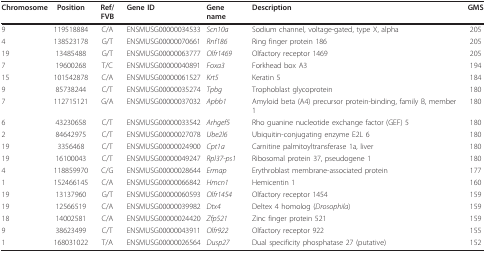
<table><thead><tr><td><b>Chromosome</b></td><td><b>Position</b></td><td><b>Ref/FVB</b></td><td><b>Gene ID</b></td><td><b>Gene name</b></td><td><b>Description</b></td><td><b>GMS</b></td></tr></thead><tbody><tr><td>9</td><td>119518884</td><td>C/A</td><td>ENSMUSG00000034533</td><td><i>Scn10a</i></td><td>Sodium channel, voltage-gated, type X, alpha</td><td>205</td></tr><tr><td>4</td><td>138523178</td><td>G/T</td><td>ENSMUSG00000070661</td><td><i>Rnf186</i></td><td>Ring finger protein 186</td><td>205</td></tr><tr><td>19</td><td>13485488</td><td>G/T</td><td>ENSMUSG00000063777</td><td><i>Olfr1469</i></td><td>Olfactory receptor 1469</td><td>205</td></tr><tr><td>7</td><td>19600268</td><td>T/C</td><td>ENSMUSG00000040891</td><td><i>Foxa3</i></td><td>Forkhead box A3</td><td>194</td></tr><tr><td>15</td><td>101542878</td><td>C/A</td><td>ENSMUSG00000061527</td><td><i>Krt5</i></td><td>Keratin 5</td><td>184</td></tr><tr><td>9</td><td>85738244</td><td>C/T</td><td>ENSMUSG00000035274</td><td><i>Tpbg</i></td><td>Trophoblast glycoprotein</td><td>180</td></tr><tr><td>7</td><td>112715121</td><td>G/A</td><td>ENSMUSG00000037032</td><td><i>Apbb1</i></td><td>Amyloid beta (A4) precursor protein-binding, family B, member 1</td><td>180</td></tr><tr><td>6</td><td>43230658</td><td>C/T</td><td>ENSMUSG00000033542</td><td><i>Arhgef5</i></td><td>Rho guanine nucleotide exchange factor (GEF) 5</td><td>180</td></tr><tr><td>2</td><td>84642975</td><td>C/T</td><td>ENSMUSG00000027078</td><td><i>Ube2l6</i></td><td>Ubiquitin-conjugating enzyme E2L 6</td><td>180</td></tr><tr><td>19</td><td>3356468</td><td>C/T</td><td>ENSMUSG00000024900</td><td><i>Cpt1a</i></td><td>Carnitine palmitoyltransferase 1a, liver</td><td>180</td></tr><tr><td>19</td><td>16100043</td><td>C/T</td><td>ENSMUSG00000049247</td><td><i>Rpl37-ps1</i></td><td>Ribosomal protein 37, pseudogene 1</td><td>180</td></tr><tr><td>4</td><td>118859970</td><td>C/G</td><td>ENSMUSG00000028644</td><td><i>Ermap</i></td><td>Erythroblast membrane-associated protein</td><td>177</td></tr><tr><td>1</td><td>152466145</td><td>C/A</td><td>ENSMUSG00000066842</td><td><i>Hmcn1</i></td><td>Hemicentin 1</td><td>160</td></tr><tr><td>19</td><td>13137960</td><td>G/T</td><td>ENSMUSG00000060593</td><td><i>Olfr1454</i></td><td>Olfactory receptor 1454</td><td>159</td></tr><tr><td>19</td><td>12566519</td><td>C/A</td><td>ENSMUSG00000039982</td><td><i>Dtx4</i></td><td>Deltex 4 homolog (<i>Drosophila</i>)</td><td>159</td></tr><tr><td>18</td><td>14002581</td><td>C/A</td><td>ENSMUSG00000024420</td><td><i>Zfp521</i></td><td>Zinc finger protein 521</td><td>159</td></tr><tr><td>9</td><td>38623499</td><td>C/T</td><td>ENSMUSG00000043911</td><td><i>Olfr922</i></td><td>Olfactory receptor 922</td><td>155</td></tr><tr><td>1</td><td>168031022</td><td>T/A</td><td>ENSMUSG00000026564</td><td><i>Dusp27</i></td><td>Dual specificity phosphatase 27 (putative)</td><td>152</td></tr></tbody></table>